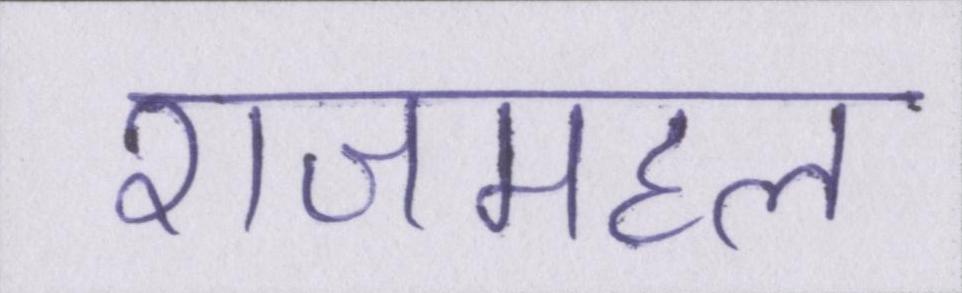
राजमहल